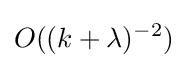
O((k+\lambda )^{-2})